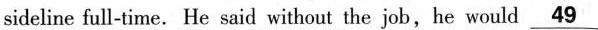
sideline full-time. He said without the job, he would \underline{49}